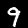
Label: 9